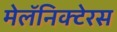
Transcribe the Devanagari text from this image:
मेलॅनिक्टेरस